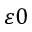
\varepsilon 0